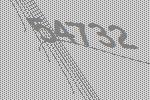
54732